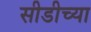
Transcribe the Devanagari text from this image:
सीडीच्या